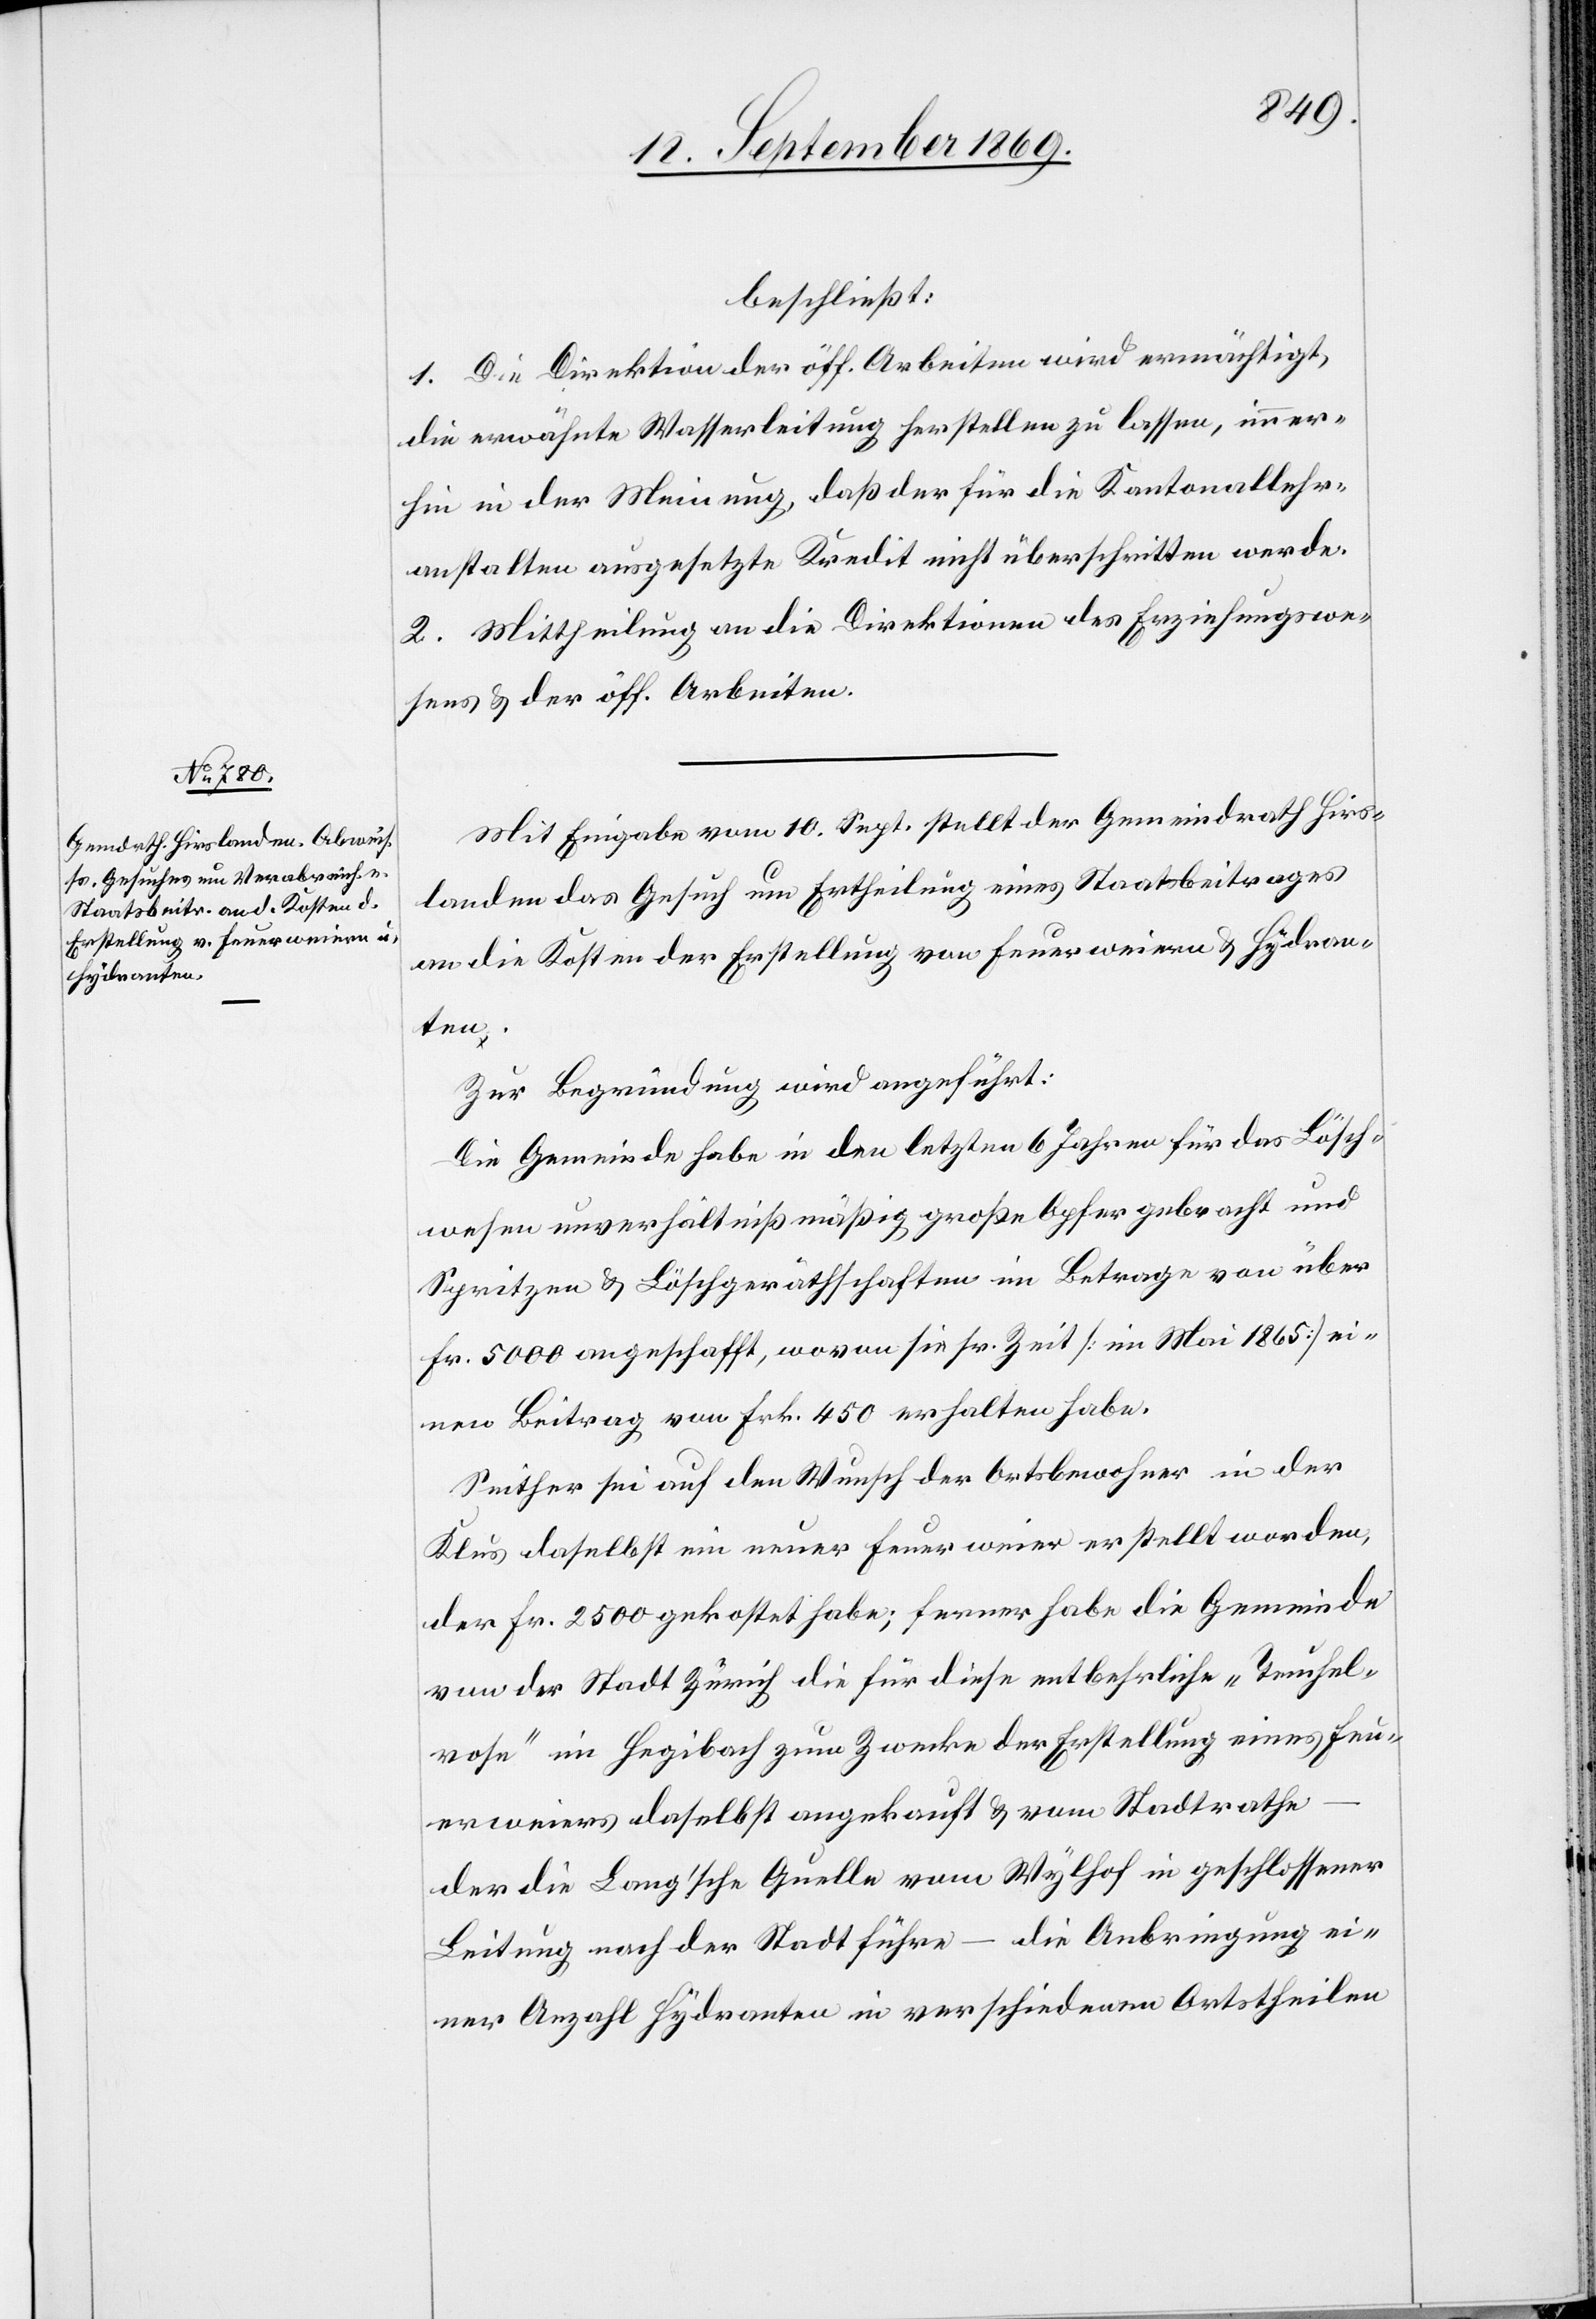
beschließt:
1. Die Direktion der öff. Arbeiten wird ermächtigt,
die erwähnte Wasserleitung herstellen zu lassen, immer¬
hin in der Meinung, daß der für die Kantonallehr¬
anstalten ausgesetzte Kredit nicht überschritten werde.
2. Mittheilung an die Direktionen des Erziehungswe¬
sens & der öff. Arbeiten.
Mit Eingabe vom 10. Sept. stellt der Gemeindrath Hirs¬
landen das Gesuch um Ertheilung eines Staatsbeitrages
an die Kosten der Erstellung von Feuerweiern & Hydran¬
ten.
Zur Begründung wird angeführt:
Die Gemeinde habe in den letzten 6 Jahren für das Lösch¬
wesen unverhältnißmäßig große Opfer gebracht und
Spritzen & Löschgeräthschaften im Betrage von über
Fr. 5000 angeschafft, wovon sie sr. Zeit [im Mai 1865] ei¬
nen Beitrag von Frk. 450 erhalten habe.
Seither sei auf den Wunsch der Ortsbewohner in der
Klus daselbst ein neuer Feuerweier erstellt worden,
der Fr. 2500 gekostet habe; ferner habe die Gemeinde
von der Stadt Zürich die für diese entbehrliche „Teufel¬
rose“ im Hegibach zum Zwecke der Erstellung eines Feu¬
erweiers daselbst angekauft & vom Stadtrathe
der die Lang’sche Quelle vom Wylhof in geschlossener
Leitung nach der Stadt führe – die Anbringung ei¬
ner Anzahl Hydranten in verschiedenen Ortstheilen